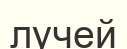
лучей